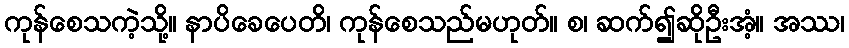
ကုန်စေသကဲ့သို့။ နာပိခေပေတိ၊ ကုန်စေသည်မဟုတ်။ စ၊ ဆက်၍ဆိုဦးအံ့။ အဿ၊